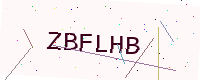
Text: ZBFLHB